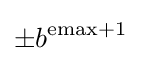
\pm b^{{\text{emax}}+1}